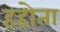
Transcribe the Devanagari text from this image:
हहोता